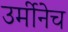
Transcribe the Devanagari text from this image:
उर्मीनेच